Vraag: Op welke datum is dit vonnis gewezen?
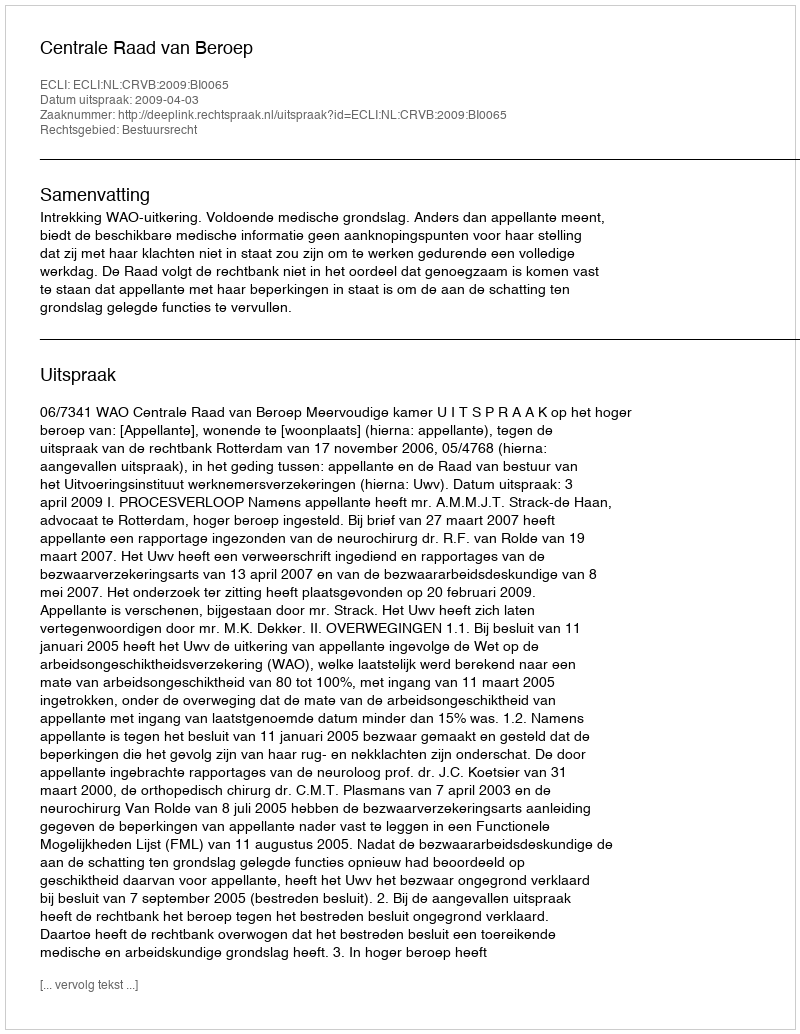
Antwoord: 2009-04-03